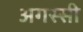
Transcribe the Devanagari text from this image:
अगस्सी